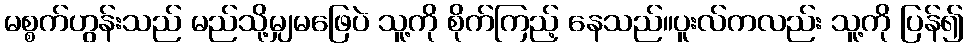
မစ္စက်ဟွန်းသည် မည်သို့မျှမဖြေပဲ သူ့ကို စိုက်ကြည့် နေသည်။ပူးလ်ကလည်း သူ့ကို ပြန်၍